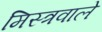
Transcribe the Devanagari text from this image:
मिस्त्रवाले